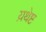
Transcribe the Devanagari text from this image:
य़थेष्ट